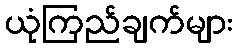
ယုံကြည်ချက်များ